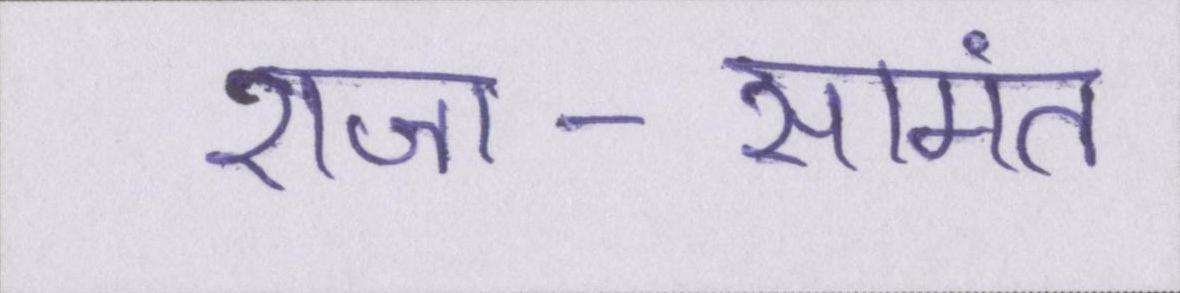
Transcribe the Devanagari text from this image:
राजा-सामंत